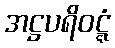
အဋ္ဌပရိဝဋ္ဋံ